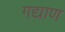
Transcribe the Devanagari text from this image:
गद्याण